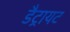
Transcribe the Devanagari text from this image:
डैट्रायट